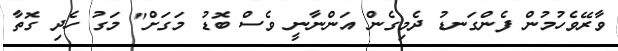
ވާރޭވެހުމުން ފެންގަނޑު ދެމިގެން އަންނާނީ ވެސް ބޮޑު މަގަށް" މަގު ހެދި ގޮތާ